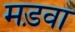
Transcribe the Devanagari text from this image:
मड़वा